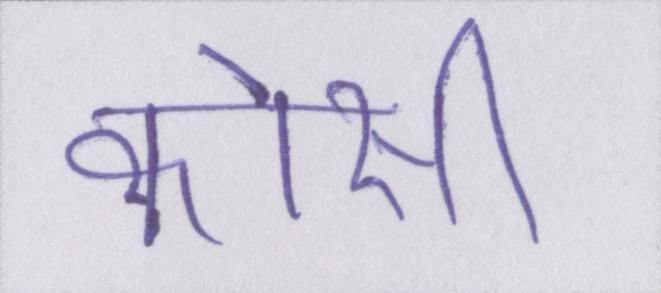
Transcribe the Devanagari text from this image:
कोसी